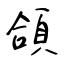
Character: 頜